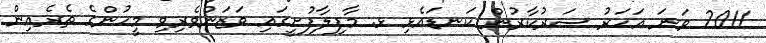
2011 ވަނަ އަހަރު ސަރުކާރުން ކަނޑައެޅި ޅ. މާފިލާފުށީގައި ވަޒަންވެރިވި މީހުންގެ ތެރެއިން